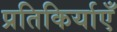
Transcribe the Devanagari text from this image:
प्रतिकिर्याएँ